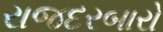
રાજદરબારો